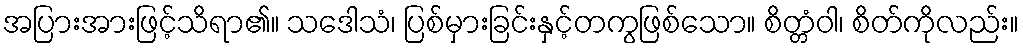
အပြားအားဖြင့်သိရာ၏။ သဒေါသံ၊ ပြစ်မှားခြင်းနှင့်တကွဖြစ်သော။ စိတ္တံဝါ၊ စိတ်ကိုလည်း။